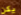
يكن